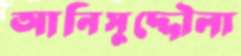
আনিসুদ্দৌলা